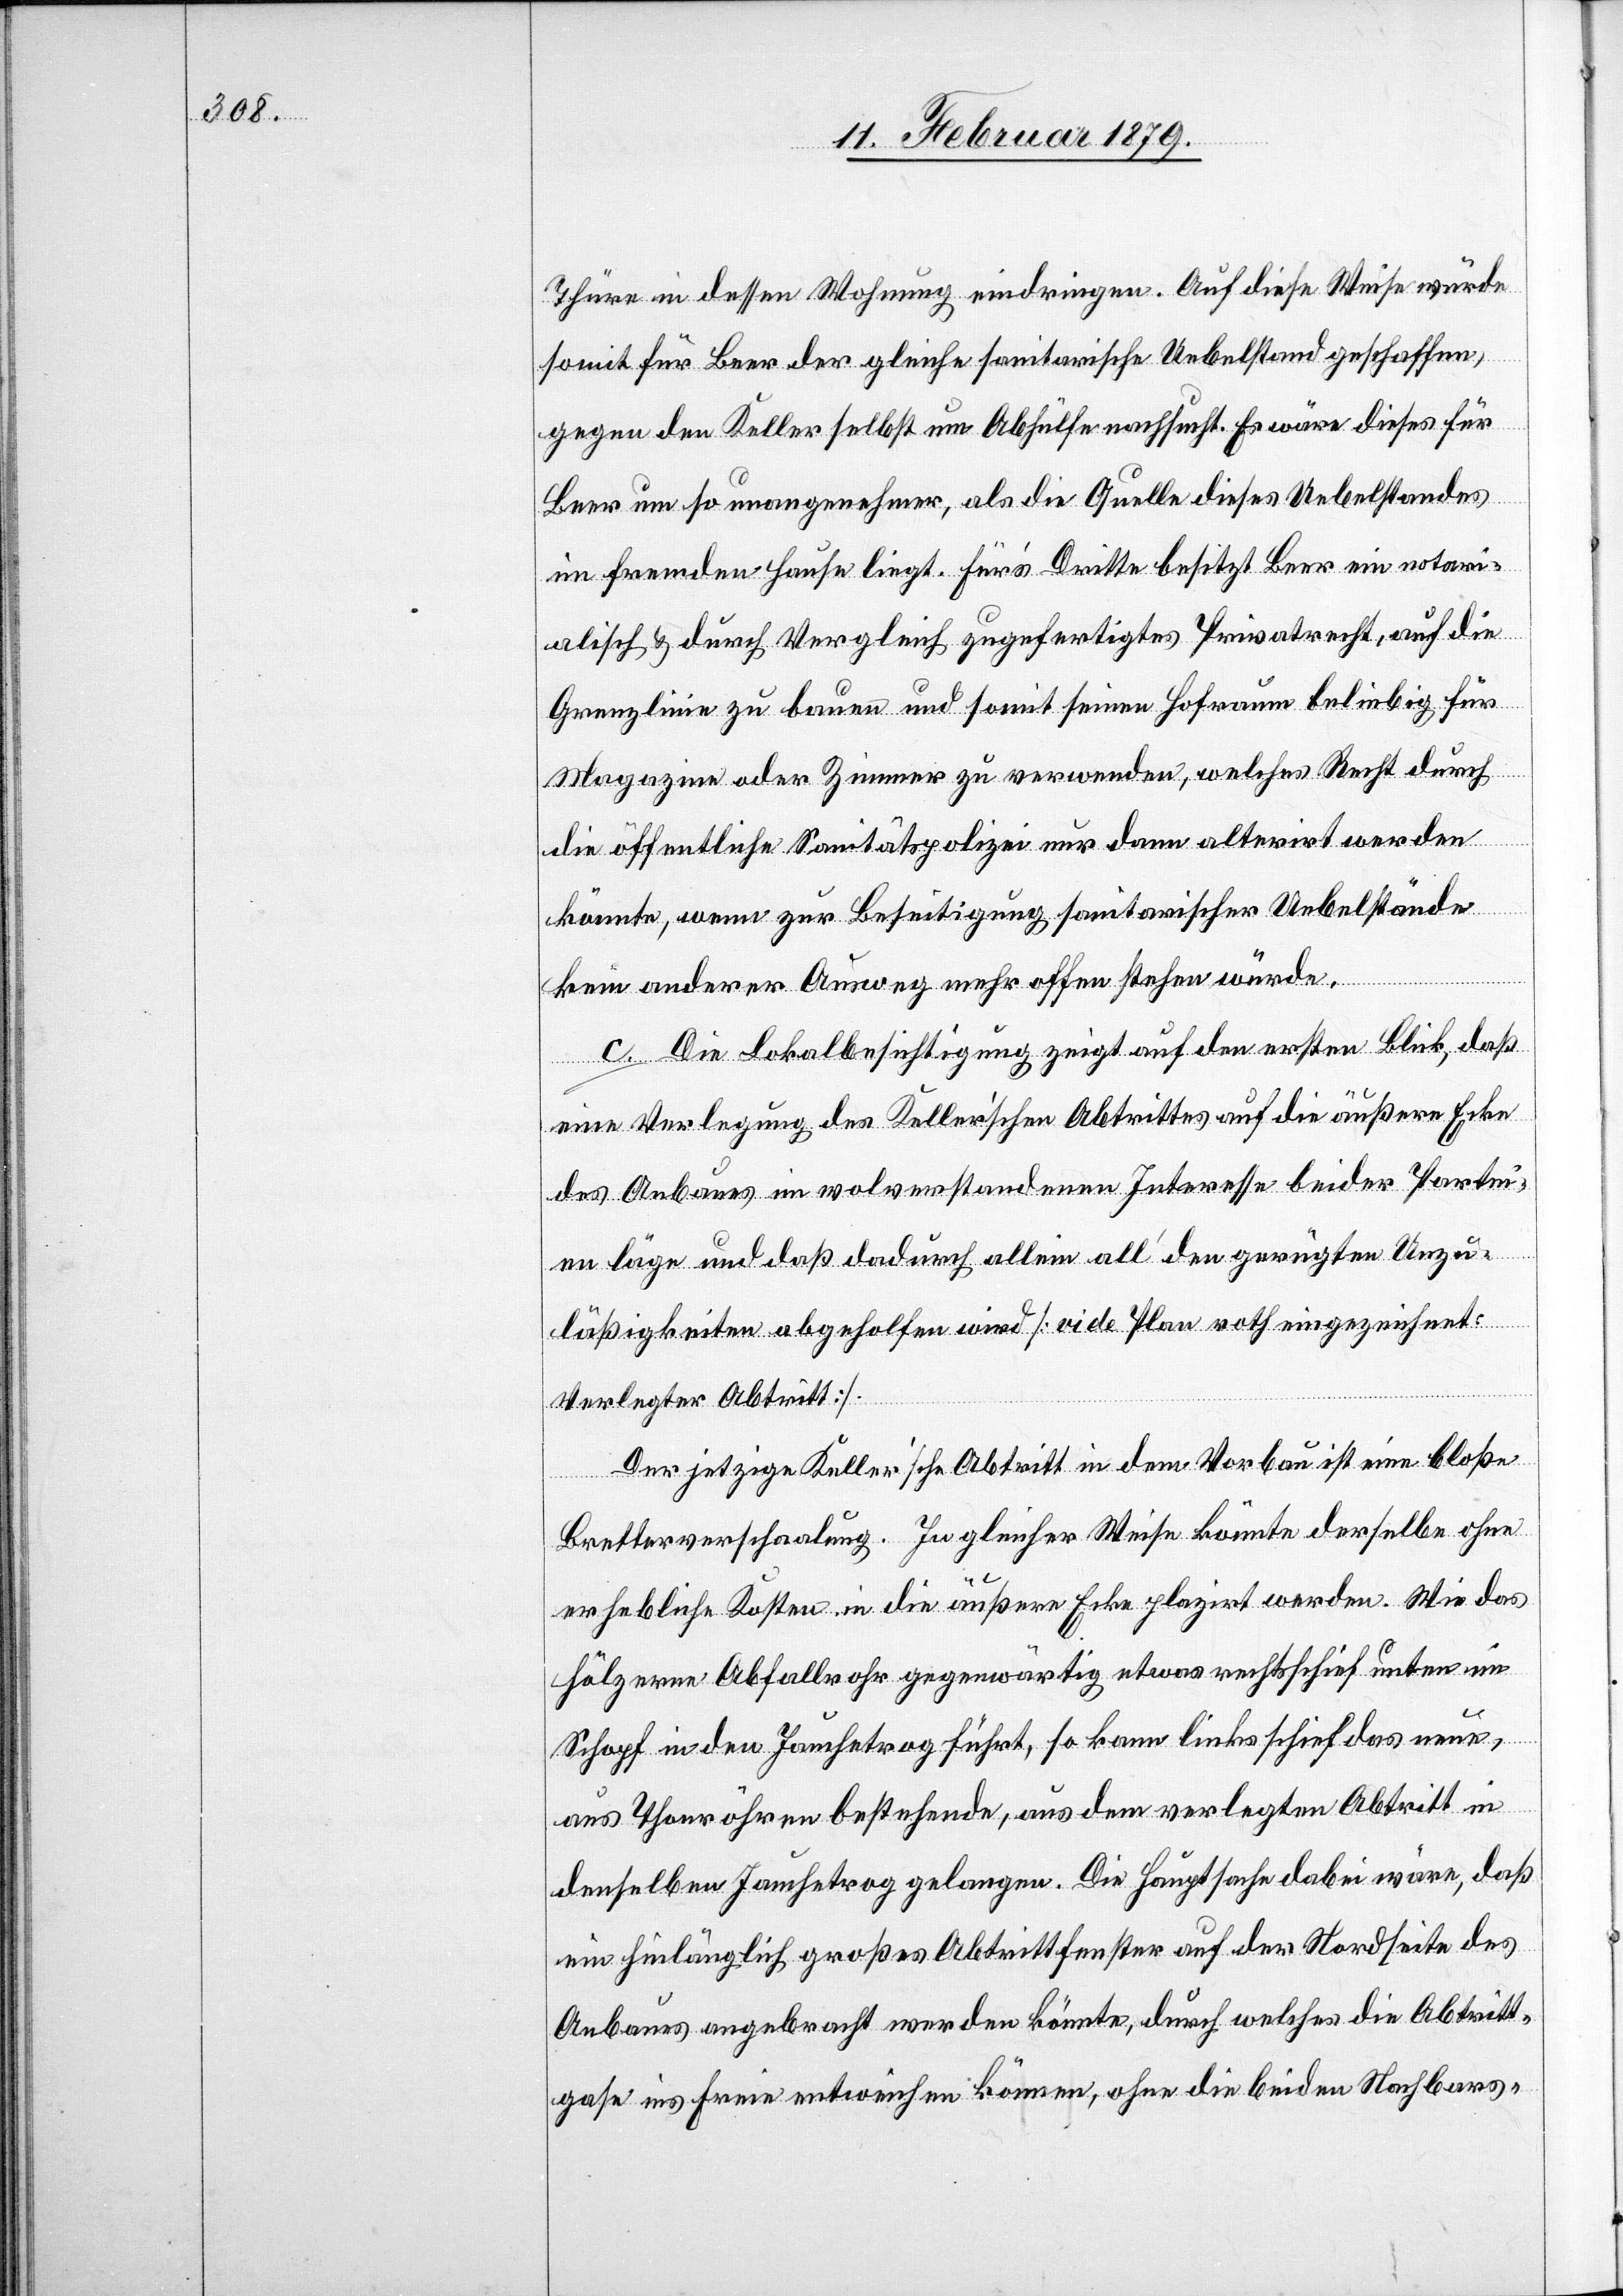
Thüre in dessen Wohnung eindringen. Auf diese Weise würde
somit für Beer der gleiche sanitarische Uebelstand geschaffen,
gegen den Keller selbst um Abhülfe nachsucht. Es wäre dieses für
Beer um so unangenehmer, als die Quelle dieses Uebelstandes
im fremden Hause liegt. Für’s Dritte besitzt Beer ein notari¬
alisch & durch Vergleich zugefertigtes Privatrecht, auf die
Grenzlinie zu bauen und somit seinen Hofraum beliebig für
Magazine oder Zimmer zu verwenden, welches Recht durch
die öffentliche Sanitätspolizei nur dann alterirt werden
könnte, wenn zur Beseitigung sanitarischer Uebelstände
kein anderer Ausweg mehr offen stehen würde.
c. Die Lokalbesichtigung zeigt auf den ersten Blick, daß
eine Verlegung des Keller’schen Abtrittes auf die äußere Ecke
des Anbaues im wolverstandenen Interesse beider Partei¬
en läge und daß dadurch allein all’ den gerügten Unzu¬
läßigkeiten abgeholfen wird [vide Plan roth eingezeichnet:
Verlegter Abtritt].
Der jetzige Keller’sche Abtritt in dem Vorbau ist eine bloße
Bretterverschaalung. In gleicher Weise könnte derselbe ohne
erhebliche Kosten in die äußere Ecke plazirt werden. Wie das
hölzerne Abfallrohr gegenwärtig etwas rechtsschief unten im
Schopf in den Jauchetrog führt, so kann links schief das neue,
aus Thonröhren bestehende, aus dem verlegten Abtritt in
denselben Jauchetrog gelangen. Die Hauptsache dabei wäre, daß
ein hinlänglich großes Abtrittfenster auf der Nordseite des
Anbaues angebracht werden könnte, durch welches die Abtritt¬
gase ins Freie entweichen können, ohne die beiden Nachbars-